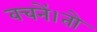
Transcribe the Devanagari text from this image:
वचनें।तो